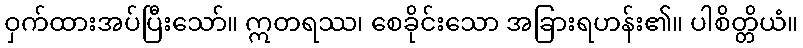
ဝှက်ထားအပ်ပြီးသော်။ ဣတရဿ၊ စေခိုင်းသော အခြားရဟန်း၏။ ပါစိတ္တိယံ။